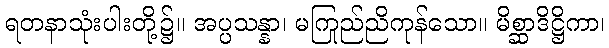
ရတနာသုံးပါးတို့၌။ အပ္ပသန္နာ၊ မကြည်ညိုကုန်သော။ မိစ္ဆာဒိဋ္ဌိကာ၊